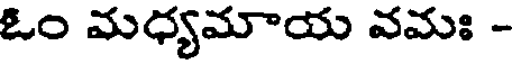
ఓం మధ్యమాయ వమః -